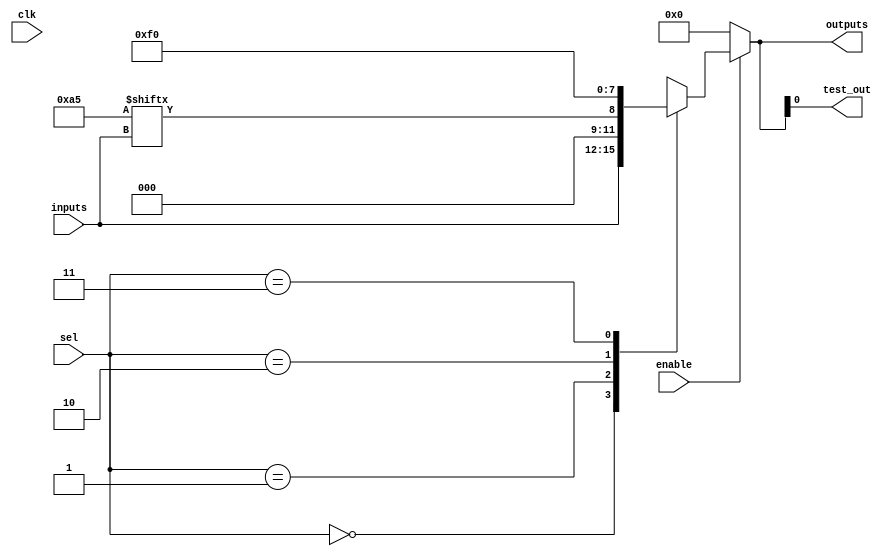
module CombinationalLogicBlock (
    input  wire [3:0]  inputs,        // Input lines
    input  wire [1:0]  sel,           // Selector for multiplexer
    input  wire        enable,         // Enable signal
    input  wire        clk,            // Clock signal for control
    output wire [3:0]  outputs,       // Output lines
    output wire        test_out        // Test output
);

    // Internal signals
    wire [3:0] lut_out;                // Output from LUT
    wire [3:0] mux_out;                // Output from multiplexer

    // Look-Up Table (LUT) implementation (Example: 4-input LUT)
    reg [15:0] lut; // 16 possible combinations for 4 inputs

    // Initialize LUT with arbitrary values (example)
    initial begin
        lut = 16'hA5; // Example LUT configuration
    end

    // LUT functionality
    assign lut_out = {lut[inputs[3:0]]};

    // Multiplexer implementation
    always @(*) begin
        case (sel)
            2'b00: mux_out = inputs;       // Select inputs
            2'b01: mux_out = lut_out;      // Select LUT output
            2'b10: mux_out = 4'b1111;      // Select constant high
            2'b11: mux_out = 4'b0000;      // Select constant low
            default: mux_out = 4'b0000;    // Default case
        endcase
    end

    // Enable logic for outputs
    assign outputs = enable ? mux_out : 4'b0000; // Outputs based on enable signal

    // Testability feature (simple feedback path for testing)
    assign test_out = outputs[0]; // Example test output from the first output line

endmodule